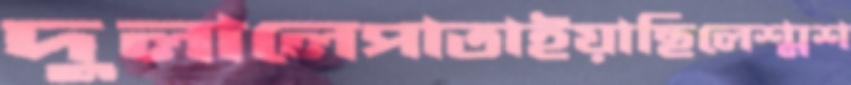
দুলালেপাতাইয়াছিলেশ্মশ